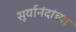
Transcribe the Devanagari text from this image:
सूर्यानंदांच्या